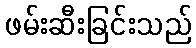
ဖမ်းဆီးခြင်းသည်